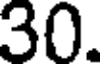
30.